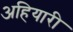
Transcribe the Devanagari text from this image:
अहियारी